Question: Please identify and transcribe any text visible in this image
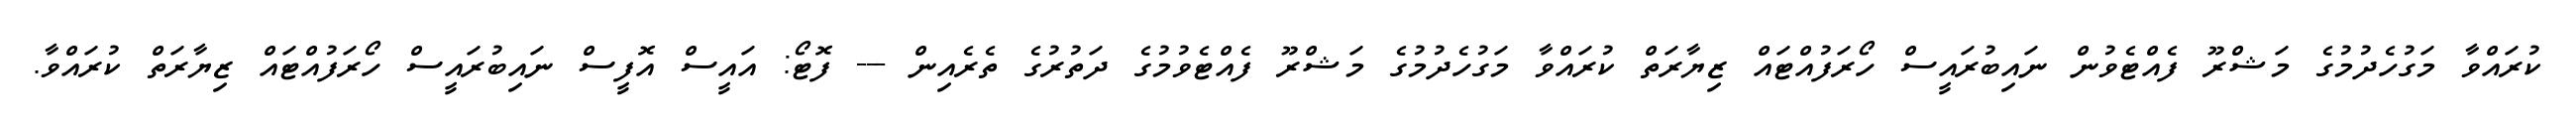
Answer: ކުރައްވާ މަގުހެދުމުގެ މަޝްރޫ ފެއްޓެވުން ނައިބުރައީސް ހޯރަފުއްޓައް ޒިޔާރަތް ކުރައްވާ މަގުހެދުމުގެ މަޝްރޫ ފެއްޓެވުމުގެ ދަތުރުގެ ތެރެއިން --- ފޮޓޯ: އައީސް އޮފީސް ނައިބުރައީސް ހޯރަފުއްޓައް ޒިޔާރަތް ކުރައްވާ.